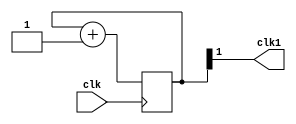
module clock_divisor(clk1, clk);
input clk;
output clk1;

reg [1:0] num;
wire [1:0] next_num;

always @(posedge clk) begin
  num <= next_num;
end

assign next_num = num + 1'b1;
assign clk1 = num[1];

endmodule